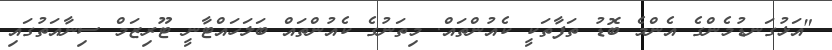
"އަޅުގަނޑުމެންގެ އެންމެ ބޮޑު ތަފާތަކީ ކެއުންތައް. މިތަނުގެ ކެއުންތައް ބަލަހައްޓާނީ ޓޫރިޒަމް ސިނާއަތުގައި